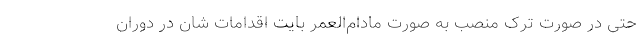
حتی در صورت ترک منصب به صورت مادام‌العمر بایت اقدامات شان در دوران